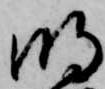
明